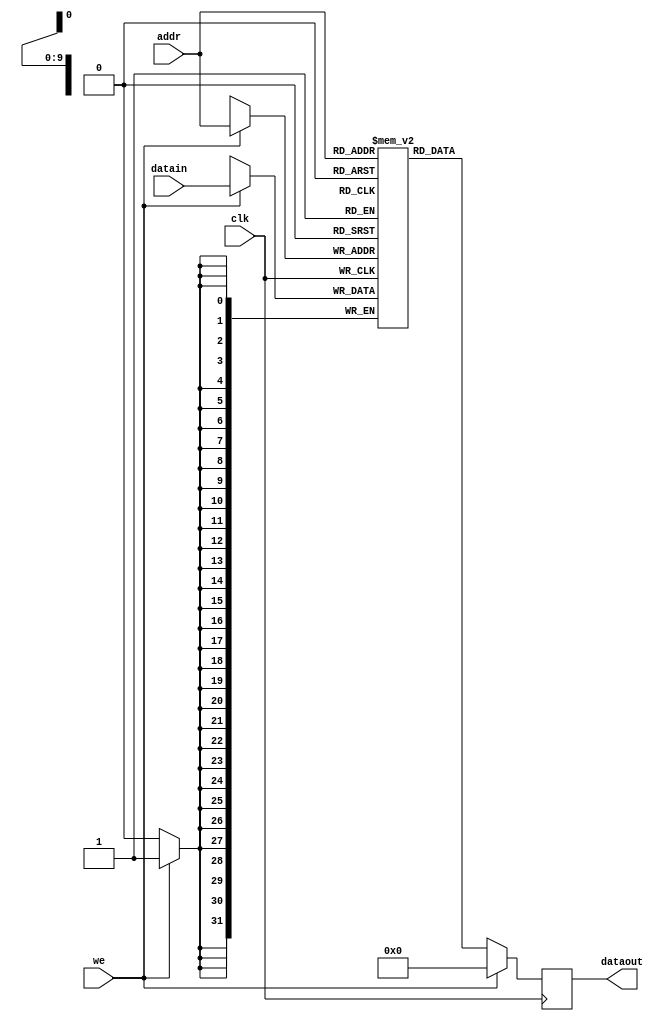
module datamemory(input clk, we, input [9:0] addr, input [31:0] datain,
		output reg [31:0] dataout);
	

	reg [31:0] mem[1023:0];	
	
	initial begin  //initiallizing memory with values
mem[31'd0] <= 31'd1;
mem[31'd1] <= 31'd2;
mem[31'd2] <= 31'd3;
mem[31'd3] <= 31'd4;
mem[31'd4] <= 31'd5;
mem[31'd5] <= 31'd6;
mem[31'd6] <= 31'd7;
mem[31'd7] <= 31'd12;  //adds up to 32. Nice and even for dividing by 8
end

	always @(negedge clk) begin
		if(we) begin
		dataout <= 32'd0;
		mem[addr] <= datain;			
		end else begin
		dataout <= mem[addr];
		end
	end
endmodule